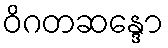
ဝိဂတဆန္ဒော